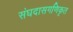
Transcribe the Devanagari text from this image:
संघदासगणिकृत